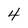
Character: 4